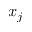
x _ { j }